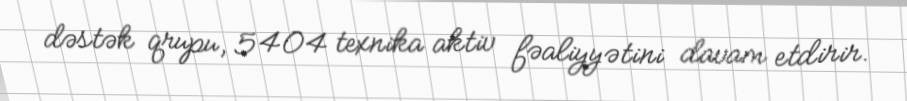
dəstək qrupu, 5404 texnika aktiv fəaliyyətini davam etdirir.